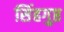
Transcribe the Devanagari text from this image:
सिंहगुप्त